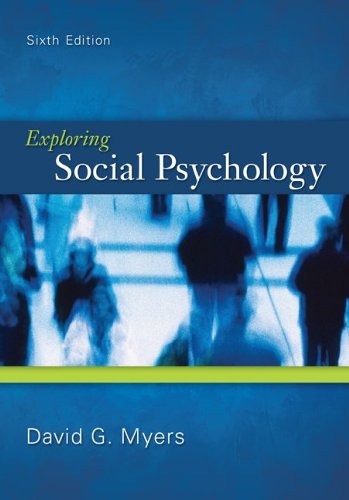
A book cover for Exploring Social Psychology, 6th Edition; David G. Myers; Medical Books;